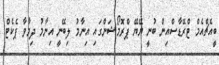
ބީއެޗްއެމް ޓްރޭޑާސްއިން ބުނީ ޔޭޔޭ ޕްރޮމޯޝަންގައި އިނާމު ލިބޭނީ އިނާމު ދިމާވާ ޕެކެޓް